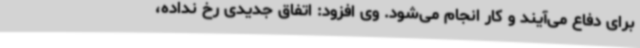
برای دفاع می‌آیند و کار انجام می‌شود. وی افزود: اتفاق جدیدی رخ نداده،